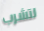
لتشرب